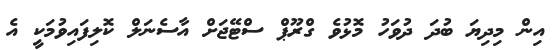
އިން މިދިޔަ ބުދަ ދުވަހު މޮޅުވެ ގްރޫޕް ސްޓޭޖަށް އާސެނަލް ކޮލިފައިވުމަކީ އެ